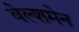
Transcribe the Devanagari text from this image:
वेल्शमेन